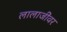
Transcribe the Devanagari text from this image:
लालाजींवर